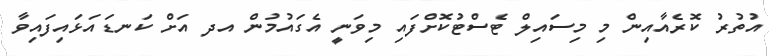
އުތުރު ކޮރެއާއިން މި މިސައިލް ޓެސްޓުކޮށްފައި މިވަނީ އެގައުމުން އދ އަށް ކަނޑައަޅައިފައިވާ